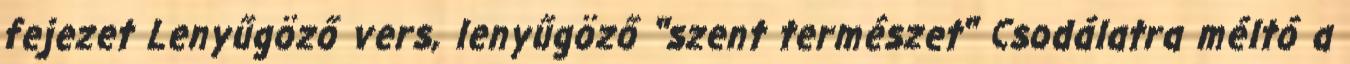
fejezet Lenyűgöző vers, lenyűgöző ''szent természet'' Csodálatra méltó a